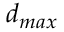
d _ { m a x }